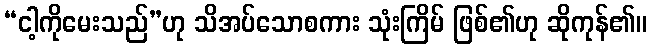
“ငါ့ကိုမေးသည်”ဟု သိအပ်သောစကား သုံးကြိမ် ဖြစ်၏ဟု ဆိုကုန်၏။